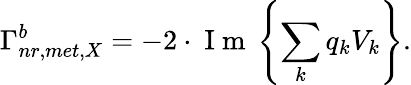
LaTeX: \Gamma_{nr,met,X}^{b}=-2\cdot\mathrm{~I~m~}\left\{ \sum_{k}q_{k}V_{k}\right\} .